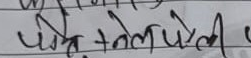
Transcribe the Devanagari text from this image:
चोटले चोटेली